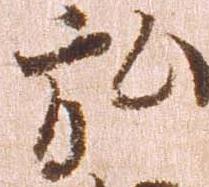
弘